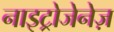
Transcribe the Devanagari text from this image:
नाइट्रोजेनेज़